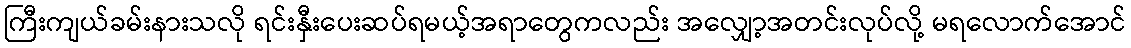
ကြီးကျယ်ခမ်းနားသလို ရင်းနှီးပေးဆပ်ရမယ့်အရာတွေကလည်း အလျှော့အတင်းလုပ်လို့ မရလောက်အောင်